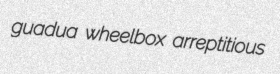
guadua wheelbox arreptitious